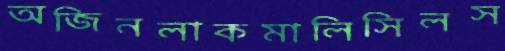
অজিনলাকমালিসিলস